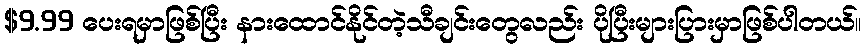
$9.99 ပေးရမှာဖြစ်ပြီး နားထောင်နိုင်တဲ့သီချင်းတွေလည်း ပိုပြီးများပြားမှာဖြစ်ပါတယ်။